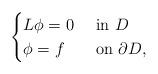
LaTeX: \begin{align*} \begin{cases} L\phi = 0 & \textrm{ in } D \\ \phi = f & \textrm{ on } \partial D, \end{cases}\end{align*}